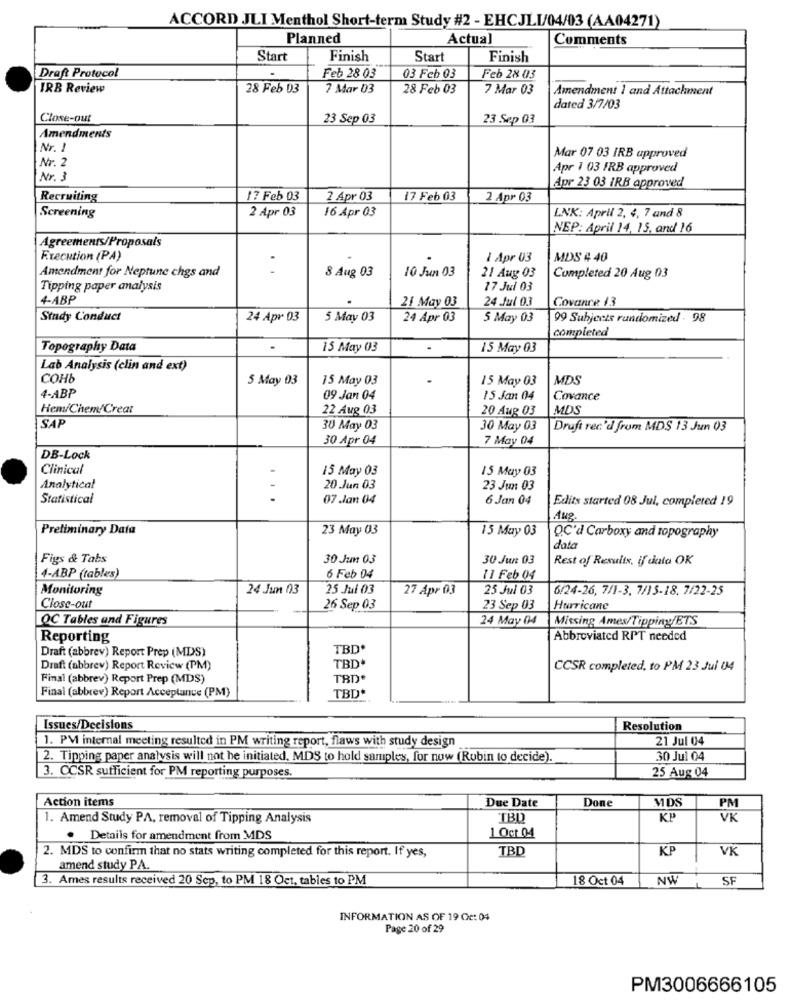
ACCORD JLI Menthol Short-term Study #2 - EHCJLI/04/03 (AA04271)
Planned
Actual
Comments
Start
Finish
Start
Finish
Draft Protocol
Feb 28 03
03 Feb 03
Feb 28 03
IRB Review
28 Feb 03
7 Mar 03
28 Feb 03
7 Mar 03
Amendment 1 and Attachment
dated 3/7/03
Close-out
23 Sep 03
23 Sep 03
Amendments
Nr. 1
Nr. 2
Mar 07 03 IRB approved
Apr 1 03 FRB approved
Nr. 3
Apr 23 03 IRB approved
Recruiting
17 Feb 03
2 Apr 03
17 Feb 03
2 Apr 03
Screening
2 Apr 03
16 Apr 03
LNK: April 2, 4, 7 and 8
NEP: April 14, 15, and 16
Agreements/Proposals
Execution (PA)
1 Apr 03
MDS 4 40
Amendment for Neptune chgs and
..
8 Aug 03
10 Jun 03
21 Aug 03
Completed 20 Aug 03
Tipping paper analysis
17 Jul 03
4-ABP
21 May 03
24 .Jul 0.3
Covance 13
Study Conduct
24 Apr 03
5 May 03
24 Apr 03
5 May 03
99 Subjects randomized . 98
completed
Topography Data
15 May 03
-
15 May 03
Lab Analysis (clin and ext)
COHb
5 May 03
15 May 03
.
15 May 03
MDS
4-ABP
09 Jan 04
15 Jan 04
Covance
Hem/Chem/Creat
22 Aug 03
20 Aug 03
MDS
SAF
30 May 03
30 May 03
Draft rec'd from MDS 13 Jun 03
30 Apr 04
7 May 04
DB-Lock
Clinical
15 May 03
15 May 03
Analytical
20 Jun 03
23 Jun 03
Statistical
...
07 Jan 04
6 Jan 04
Edits started 08 Jul, completed 19
Aug.
Preliminary Data
23 May 03
15 May 03
Q.C'd Carboxy and topography
data
Figs & Tabs
30 Jun 03
30 Jun 03
Rest of Results, if data OK
6 Feb 04
4-ABP (tables)
11 Feb 04
Monitoring
24 Jun 03
25 Jul 03
27 Apr 03
25 Jul 03
6/24-26, 7/1-3, 7/15-18. 7/22-25
Close-out
26 Sep 03
23 Sep 03
Hurricane
OC Tables and Figures
24 May 04
Missing Ames/Tipping/ETS
Reporting
Abbreviated RPT needed
Draft (abbrev) Report Prep (MDS)
TBD
TBD*
Draft (abbrev) Report Review (PM)
CCSR completed, to PM 23 Jul 04
Final (abbrev) Report Prep (MDS)
TBD
Final (abbrev) Report Acceptance (PM)
TBD
Issues/Decisions
Resolution
1. PV internal meeting resulted in PM writing report, flaws with study design
21 Jul 04
2. Tipping paper analysis will not be initiated. MDS to hold samples, for now (Rubin to decide).
30 Jul 04
3. OCSR sufficient for PM reporting purposes.
25 Aug 04
Action items
Due Date
Done
MDS
PM
1. Amend Study PA, removal of Tipping Analysis
TBD
KP
VK
1 Oct 04
. Details for amendment from MDS
TBD
KP
VK
2. MDS to confirm that no stats writing completed for this report. If yes,
amend study PA.
3. Ames results received 20 Sep, to PM 18 Oct, tables to PM
18 Oct 04
SF
INFORMATION AS OF 19 Cc: 04
Page 20 of 29
PM3006666105